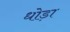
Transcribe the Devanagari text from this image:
धोड़ा